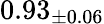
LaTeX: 0.93_{\pm 0.06}